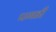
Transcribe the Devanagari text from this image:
पगडी़